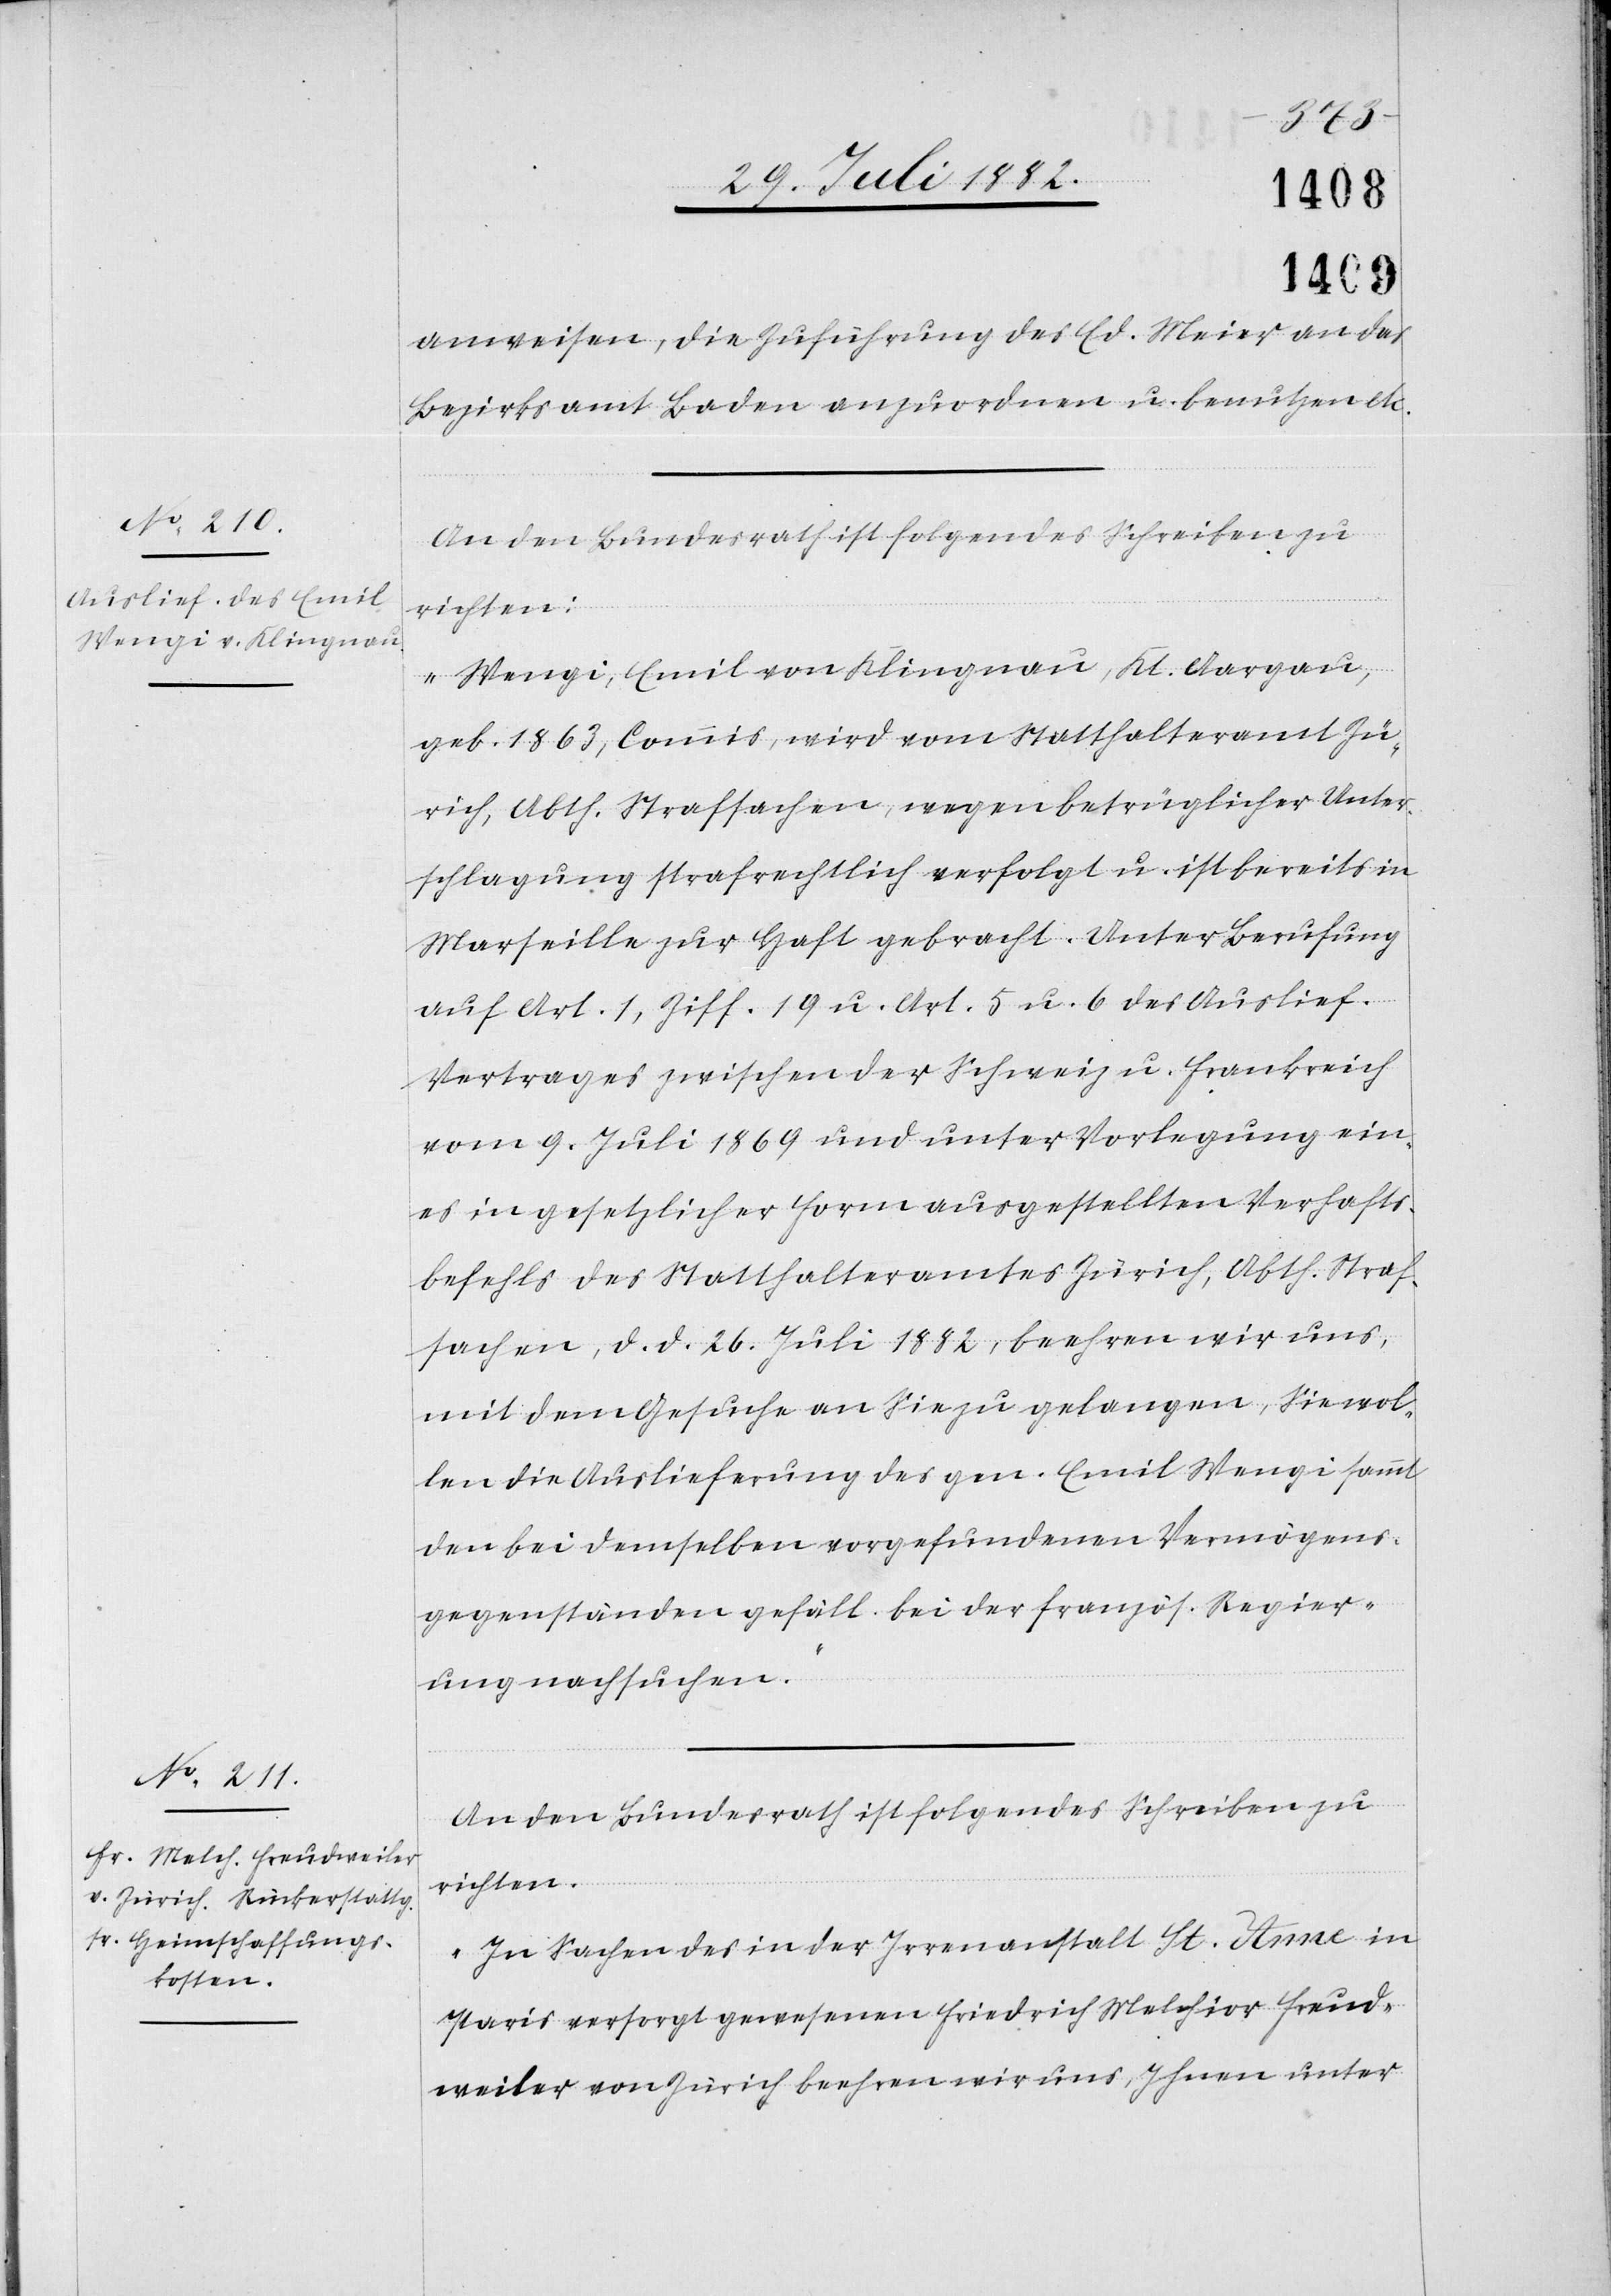
anweisen, die Zuführung des Ed. Meier an das
Bezirksamt Baden anzuordnen u. benutzen etc.
An den Bundesrath ist folgendes Schreiben zu
richten:
„Wengi, Emil von Klingnau, Kt. Aargau,
geb. 1863, Commis, wird vom Statthalteramt Zü¬
rich, Abth. Strafsachen, wegen betrüglicher Unter¬
schlagung strafrechtlich verfolgt u. ist bereits in
Marseille zur Haft gebracht. Unter Berufung
auf Art. 1, Ziff. 19 u. Art. 5 u. 6 des Auslief.
Vertrages zwischen der Schweiz u. Frankreich
vom 9. Juli 1869 und unter Vorlegung ein¬
es in gesetzlicher Form ausgestellten Verhafts¬
befehls des Statthalteramtes Zürich, Abth. Straf¬
sachen, d. d. 26. Juli 1882, beehren wir uns,
mit dem Gesuche an Sie zu gelangen, Sie wol¬
len die Auslieferung des gen. Emil Wengi sammt
den bei demselben vorgefundenen Vermögens¬
gegenständen gefäll. bei der französ. Regier¬
ung nachsuchen.“
An den Bundesrath ist folgendes Schreiben zu
richten:
„In Sachen des in der Irrenanstalt St. Anne in
Paris versorgt gewesenen Friedrich Melchior Freud¬
weiler von Zürich beehren wir uns, Ihnen unter